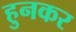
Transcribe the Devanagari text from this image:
हुनकर